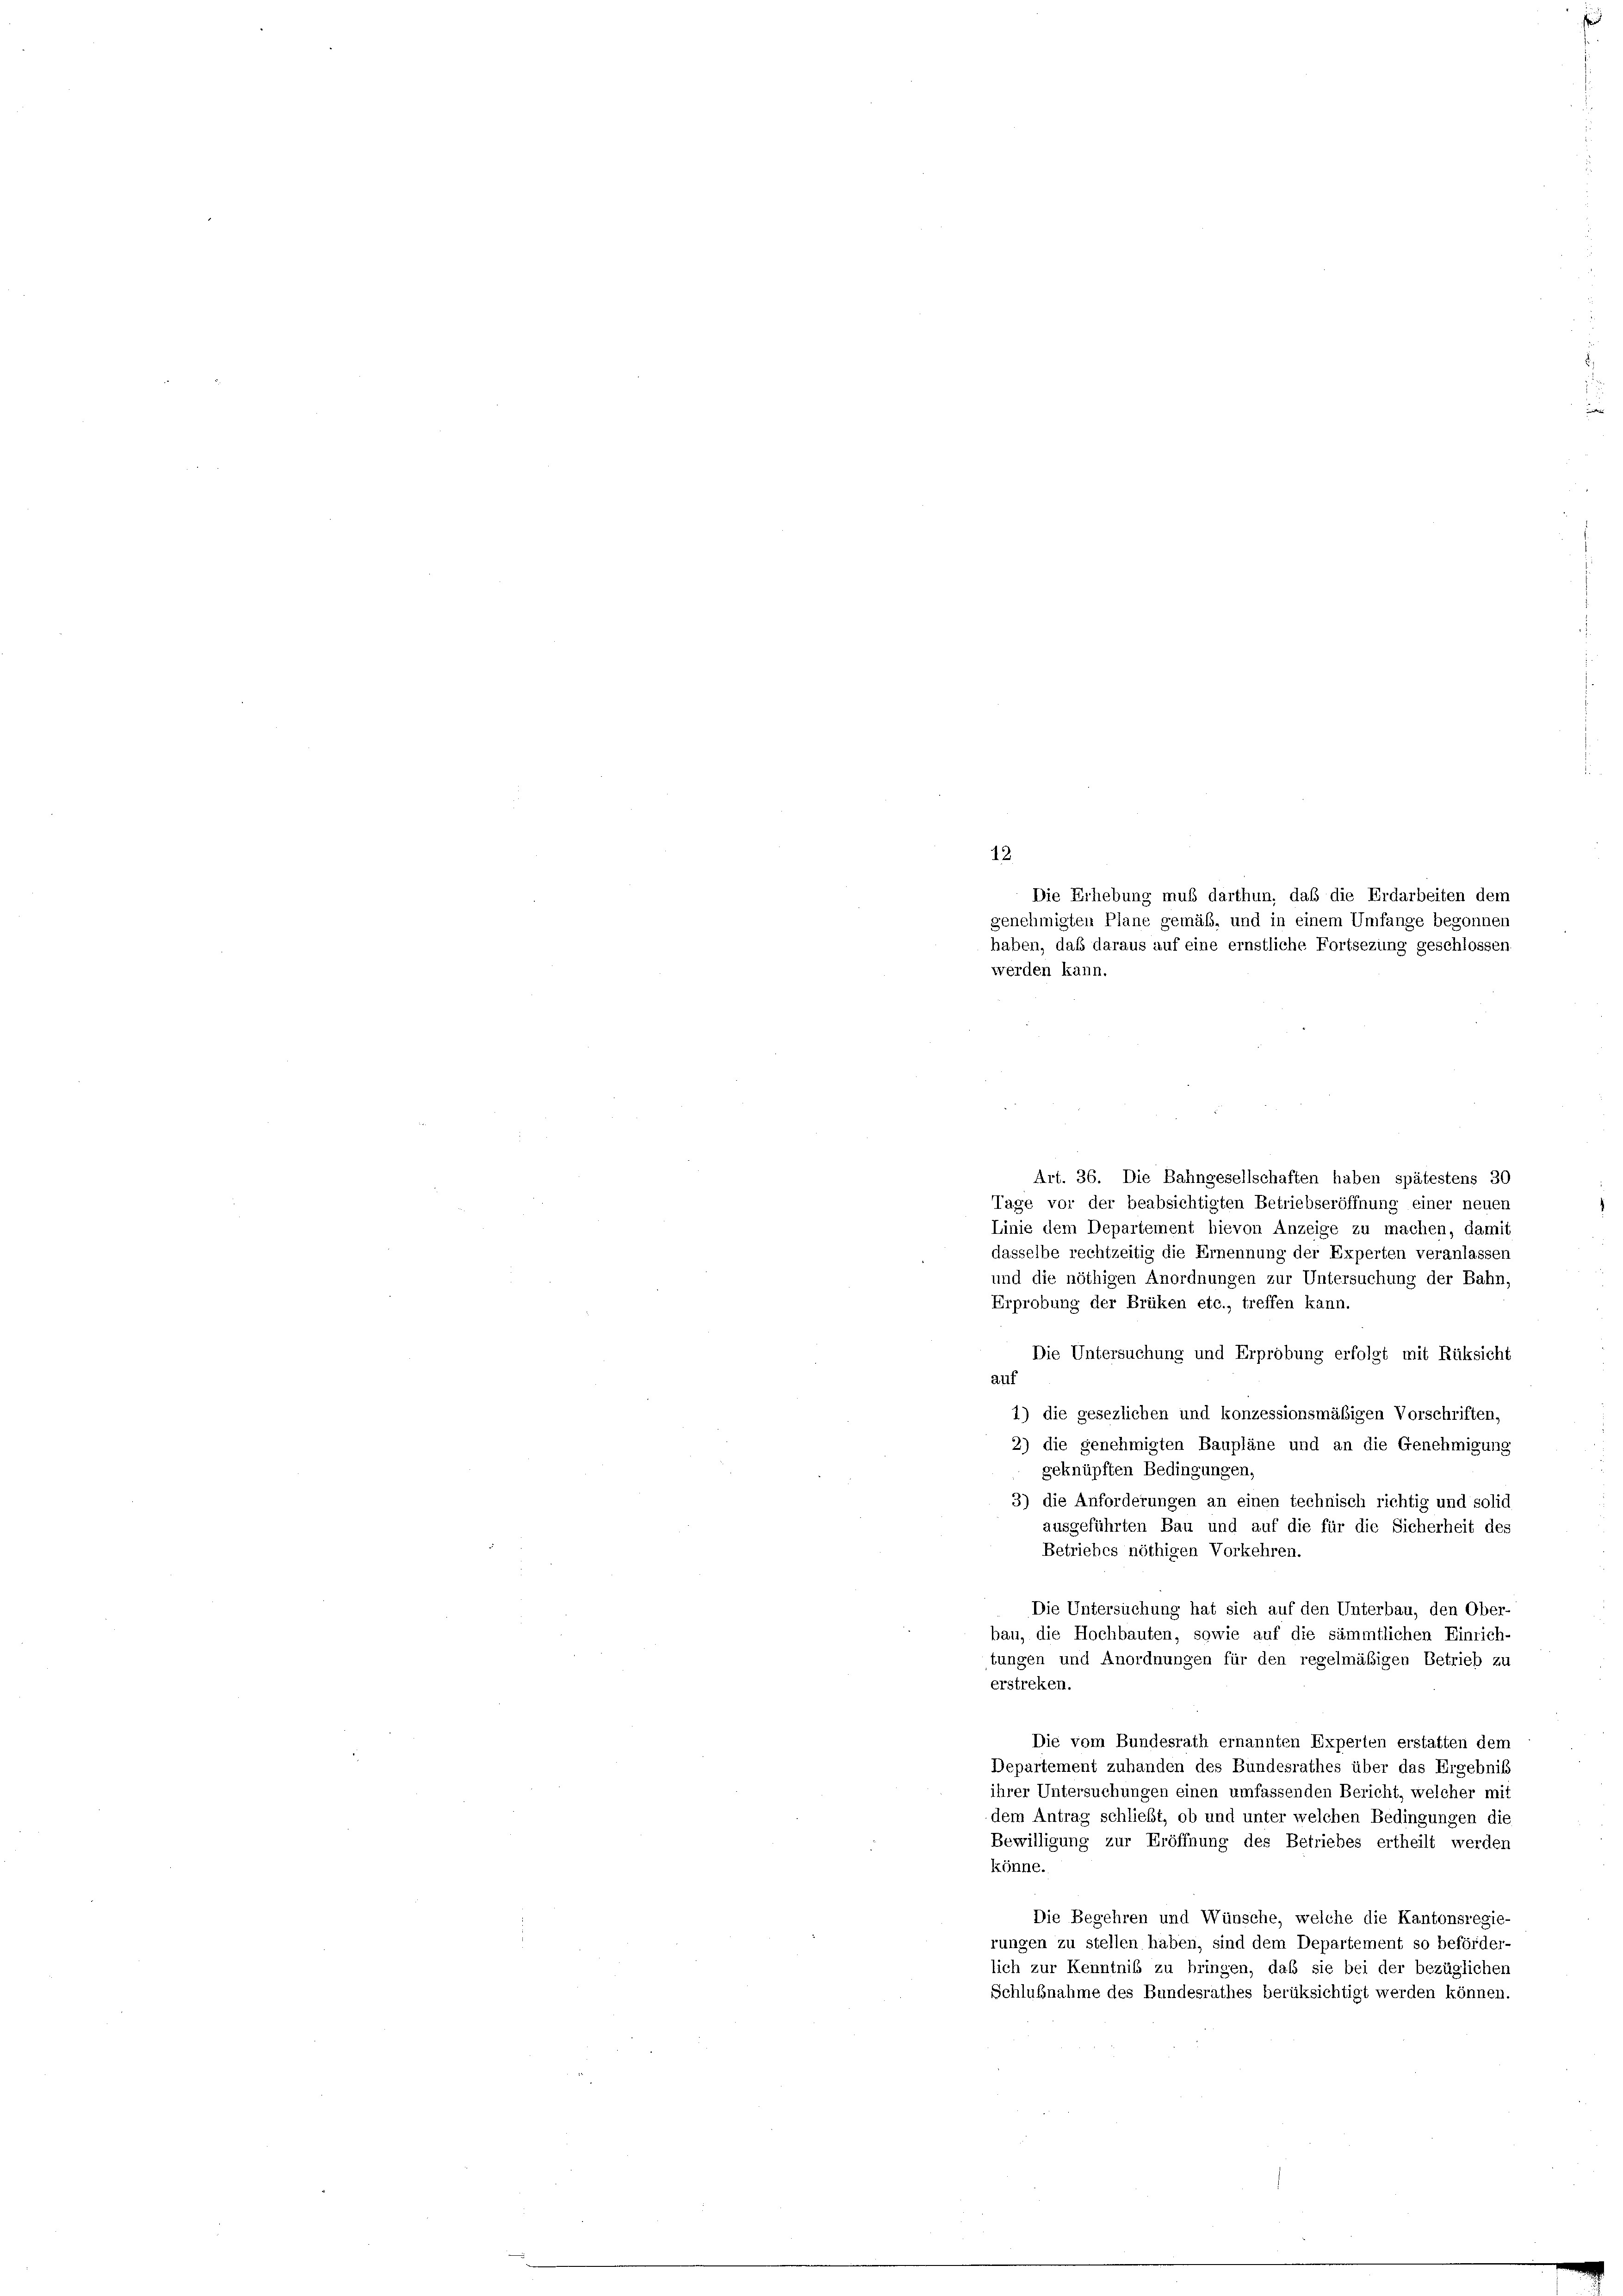
12.
Art. 36. Die Bahngesellschaften haben spätestens 30
Tage vor der beabsichtigten Betriebseröffnung einer neuen
Linie dem Departement hievon Anzeige zu machen, damit
dasselbe rechtzeitig die Ernennung der Experten veranlassen
und die nöthigen Anordnungen zur Untersuchung der Bahn,
Erprobung der Brüken etc., treffen kann
Die Untersuchung und Erprobung erfolgt mit Rüksicht
auf
1) die gesezlichen und konzessionsmäßigen Vorschriften,
2) die genehmigten Baupläne und an die Genehmigung
geknüpften Bedingungen,
3) die Anforderungen an einen technisch richtig und solid
ausgeführten Bau und auf die für die Sicherheit des
Betriebes nöthigen Vorkehren.
Die Untersuchung hat sich auf den Unterbau, den Ober-
bau, die Hochbauten, sowie auf die sämmtlichen Einrich-
tungen und Anordnungen für den regelmäßigen Betrieb zu
erstreken.
Die vom Bundesrath ernannten Experten erstatten dem
Departement zuhanden des Bundesrathes über das Ergebnis
ihrer Untersuchungen einen umfassenden Bericht, welcher mit
dem Antrag schließt, ob und unter welchen Bedingungen die
Bewilligung zur Eröffnung des Betriebes ertheilt werden
könne.
Die Begehren und Wünsche, welche die Kantonsregie-
rungen zu stellen haben, sind dem Departement so beförder-
lich zur Kenntniß zu bringen, daß sie bei der bezüglichen
Schlußnahme des Bundesrathes berüksichtigt werden können.

Die Erhebung muß darthun, daß die Erdarbeiten dem
genehmigten Plane gemäß, und in einem Umfange begonnen
haben, daß daraus auf eine ernstliche Fortsezung geschlossen.
werden kann.